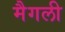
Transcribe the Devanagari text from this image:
मैगली